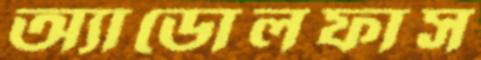
অ্যাডোলফাস